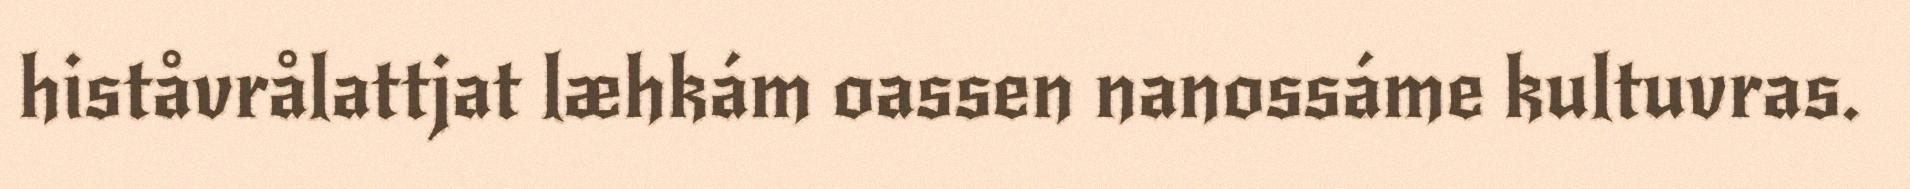
histåvrålattjat læhkám oassen nanossáme kultuvras.